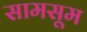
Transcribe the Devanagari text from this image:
सामसूम